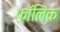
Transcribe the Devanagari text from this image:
फ़ॉलिक